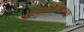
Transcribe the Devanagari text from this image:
आत्मालोचनात्मक